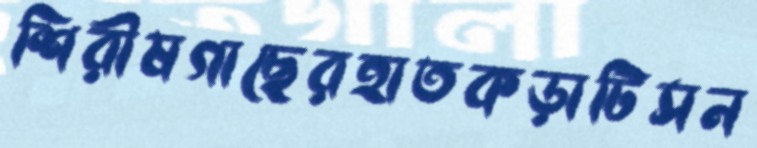
শিরীষগাছেরহাতকড়াটিসন